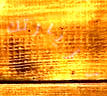
لزيارتك